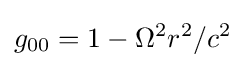
g_{00}=1-\Omega ^{2}r^{2}/c^{2}